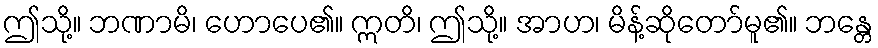
ဤသို့။ ဘဏာမိ၊ ဟောပေ၏။ ဣတိ၊ ဤသို့။ အာဟ၊ မိန့်ဆိုတော်မူ၏။ ဘန္တေ